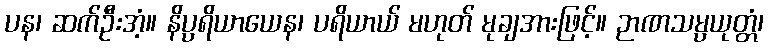
ပန၊ ဆက်ဦးအံ့။ နိပ္ပရိယာယေန၊ ပရိယာယ် မဟုတ် မုချအားဖြင့်။ ဉာဏသမ္ပယုတ္တံ၊